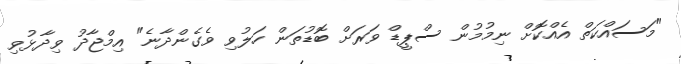
"މަސައްކަތް އެއްކޮށް ނިމުމުން ސްޕީޑް ވަރަށް ބޮޑުތަން ހަލުވި ވެގެންދާނެ" އިމްޖާދު ވިދާޅުވި